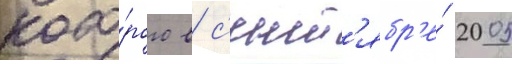
кото́рого в с'ент'ябр'е́ 2005